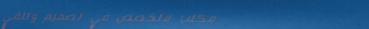
مكتب متخصص في تصميم وتنفي